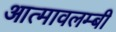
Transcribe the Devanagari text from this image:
आत्मावलम्बी